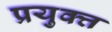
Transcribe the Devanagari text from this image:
प्रयुक्त्त